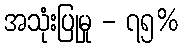
အသုံးပြုမှု - ၇၅%